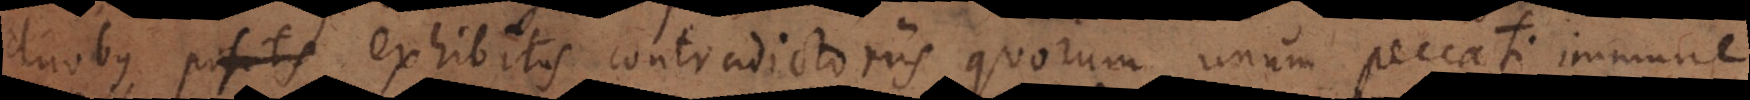
duobus positis exhibitis contradictoriis quorum unum peccati immune